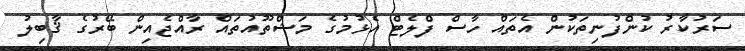
ސަރުކާރު ކުންފުނިތަކުން އެތައް ހާސް ފްލެޓް އެޅުމުގެ މަޝްތޫއުތައް ރާއްޖެއިން ބޭރުގެ ޤާބިލު